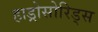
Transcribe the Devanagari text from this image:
हाड्रोसोरिड्स